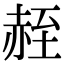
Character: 𫎮